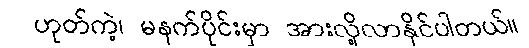
ဟုတ်ကဲ့၊ မနက်ပိုင်းမှာ အားလို့လာနိုင်ပါတယ်။